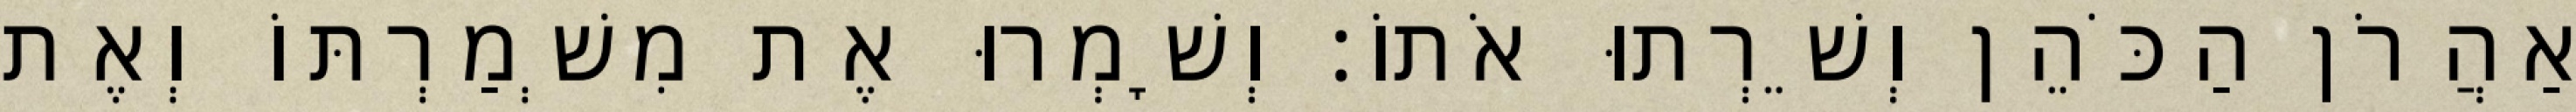
אַהֲרֹן הַכֹּהֵן וְשֵׁרְתוּ אֹתוֹ׃ וְשָׁמְרוּ אֶת מִשְׁמַרְתּוֹ וְאֶת